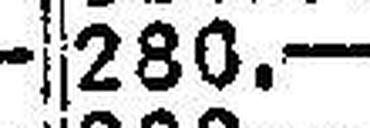
280.—